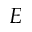
E